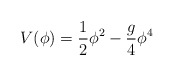
\begin{align*}V(\phi) = \frac{1}{2} \phi^{2} - \frac{g}{4}\phi^{4}\end{align*}